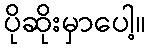
ပိုဆိုးမှာပေါ့။